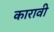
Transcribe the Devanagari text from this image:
कारावी